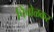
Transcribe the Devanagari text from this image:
चिंचोळकर